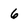
Character: 6